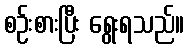
စဉ်းစားပြီး ရွေးရသည်။